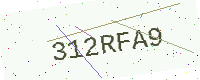
Text: 312RFA9